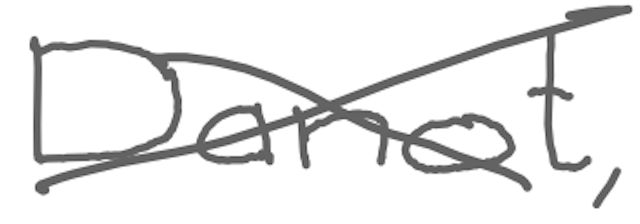
Text: Danot,
Cross-out: cross
Writing tool: digital_gray